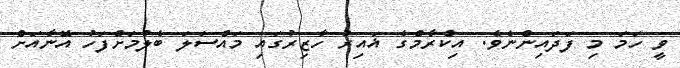
ވީ ހަމަ މި ފަދައިންނެވެ. އިކްރާމްގެ ޣައިރު ހާޒިރުގައި މައްސަލަ ބެލުމަށްފަހު އޭނާއަށް